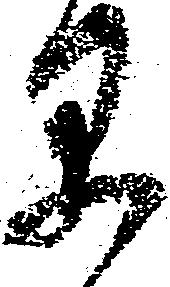
早